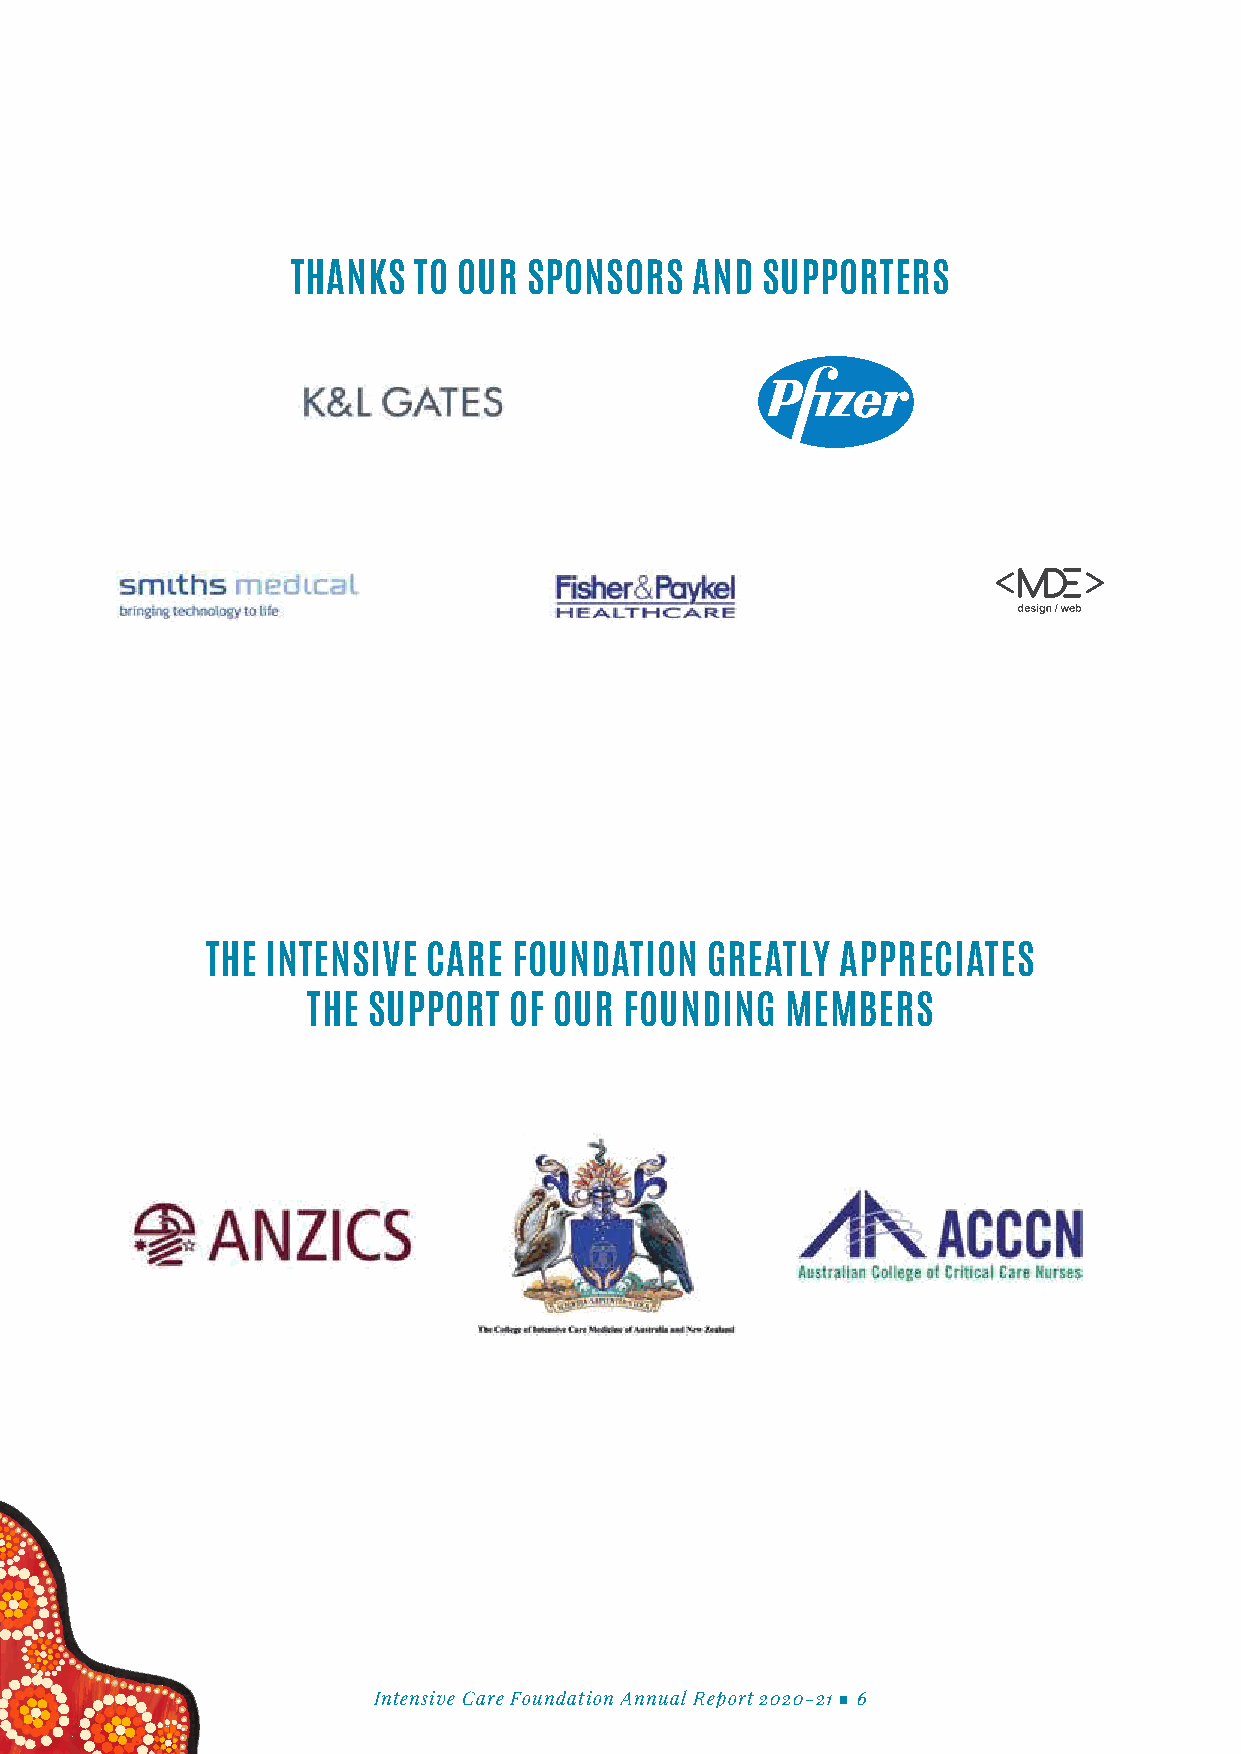
THANKS  TO OUR  SPONSORS   AND SUPPORTERS
 THE INTENSIVE CARE  FOUNDATION   GREATLY  APPRECIATES
 THE SUPPORT   OF OUR FOUNDING   MEMBERS
 Intensive Care Foundation Annual Report 2020-21 ■ 6